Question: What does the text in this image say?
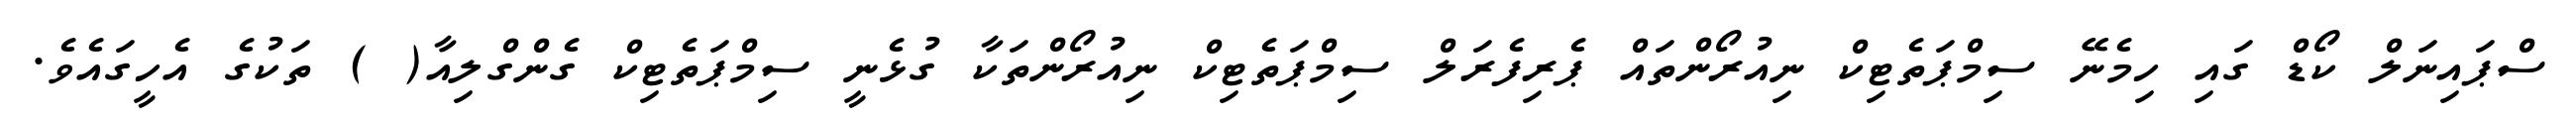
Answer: ސްޕައިނަލް ކޯޑް ގައި ހިމެނޭ ސިމްޕަތެޓިކް ނިއުރޯންތައް ޕެރިފެރަލް ސިމްޕަތެޓިކް ނިއުރޯންތަކާ ގުޅެނީ ސިމްޕަތެޓިކް ގެންގްލިއާ( ) ތަކުގެ އެހީގައެވެ.